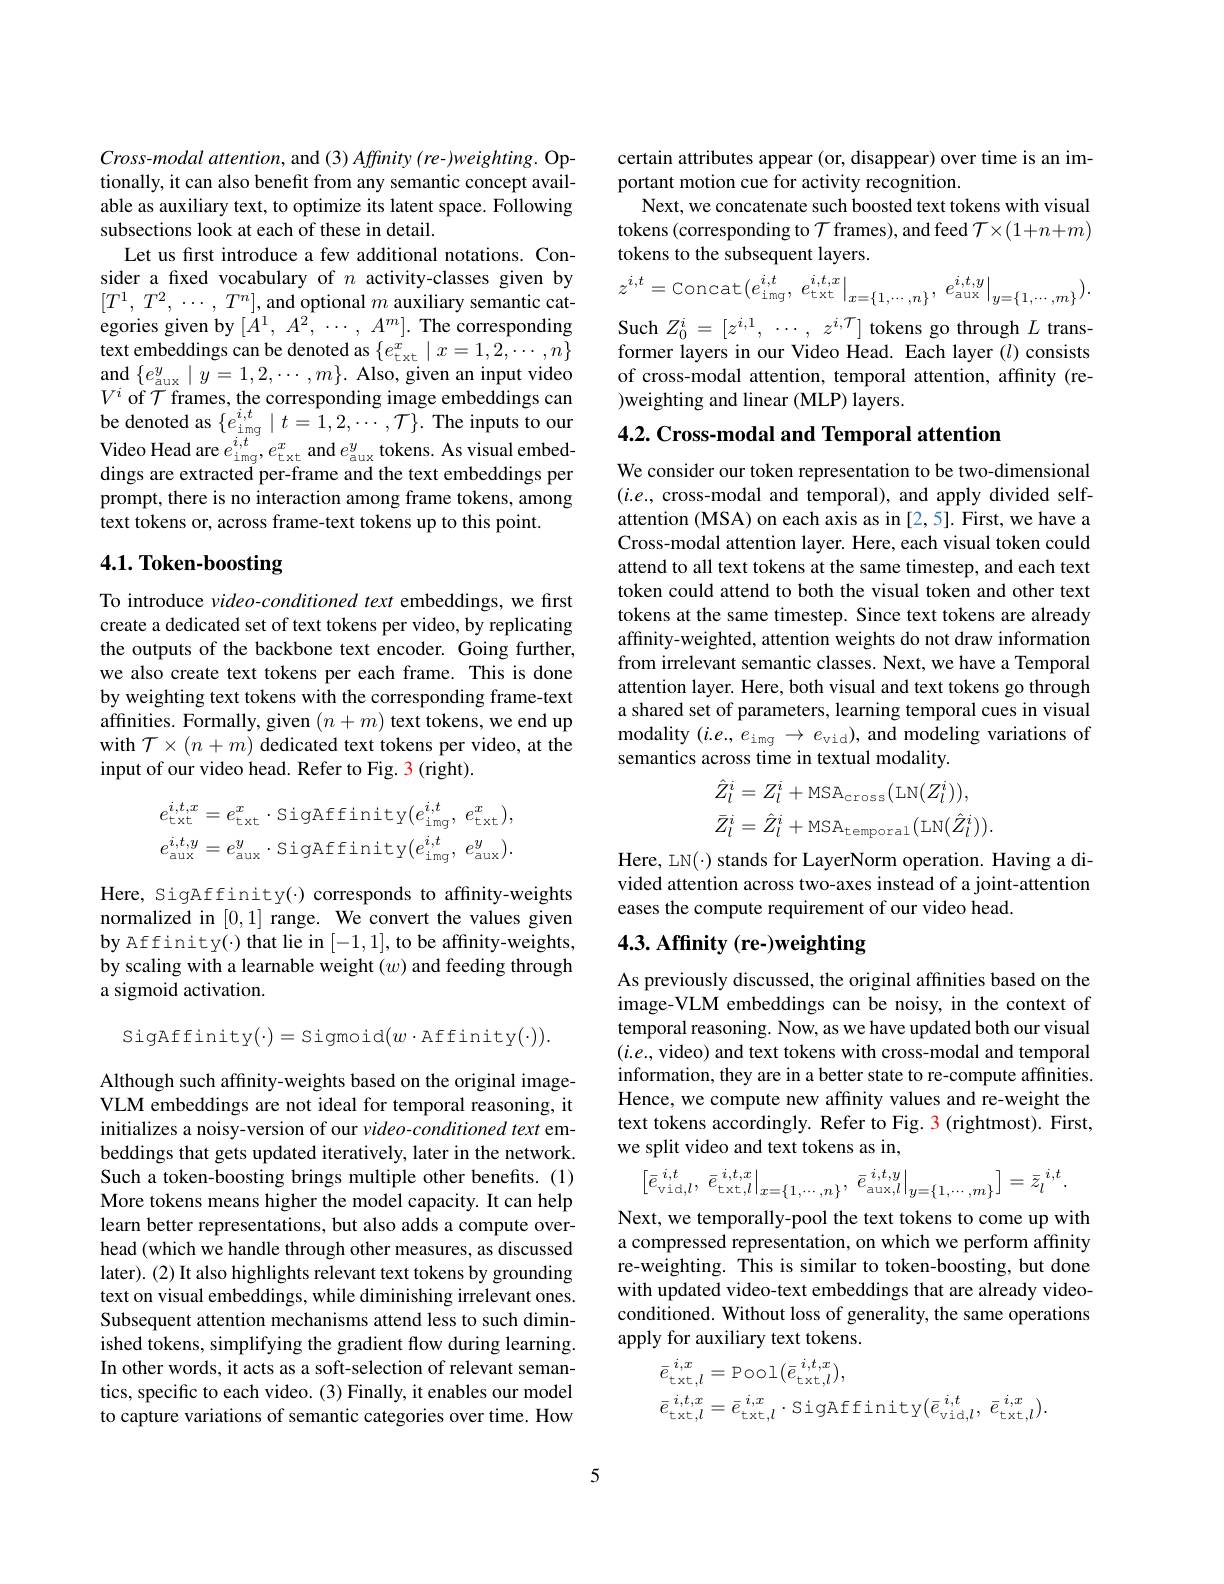
$Cross-modal$ attention, and (3) Affinity (re-)weighting. Optionally, it can also benefit from any semantic concept available as auxiliary text, to optimize its latent space. Following subsections look at each of these in detail.
Let us frst introduce a few additional notations. Consider a fxed vocabulary of $n$ activity-classes given by $[ T^1$, $T^2$, $\cdots$ , $T^n] $, and optional $m$ auxiliary semantic categories given by $[ \bar{A} ^1$, $A^2$, $\cdots $, $A^m] .$ The corresponding text embeddings can be denoted as $\{e_{\mathrm{txt}}^{x}\mid x=1,2,\cdots,n\}$ and $\{e_{\mathrm{aux}}^y\mid y=1,2,\cdots,m\}.$ Also, given an input video $V^i$ of $\mathcal{T}$ frames, the corresponding image embeddings can be denoted as $\{ e_{i\mathrm{mg}}^{i, t}\mid t= 1, 2, \cdots , \mathcal{T} \} .$ The inputs to our Video Head are $e_\mathrm{img}^{i,t},e_\mathrm{txt}^x$ and $e_\mathrm{aux}^y$ tokens. As visual embeddings are extracted per-frame and the text embeddings per prompt, there is no interaction among frame tokens, among text tokens or, across frame-text tokens up to this point.

# 4.1. Token-boosting

To introduce $video-conditioned$ text embeddings, we first create a dedicated set of text tokens per video, by replicating the outputs of the backbone text encoder. Going further, we also create text tokens per each frame. This is done by weighting text tokens with the corresponding frame-text affinities. Formally, given $(n+m)$ text tokens, we end up with $\mathcal{T}\times(n+m)$ dedicated text tokens per video, at the input of our video head. Refer to Fig. 3 (right).
$$e_{\mathrm{txt}}^{i,t,x}=e_{\mathrm{txt}}^{x}\cdot\mathrm{SigAffinity}(e_{\mathrm{img}}^{i,t},\:e_{\mathrm{txt}}^{x}),\\e_{\mathrm{aux}}^{i,t,y}=e_{\mathrm{aux}}^{y}\cdot\mathrm{SigAffinity}(e_{\mathrm{img}}^{i,t},\:e_{\mathrm{aux}}^{y}).$$
Here, SigAffinity(-) corresponds to affinity-weights normalized in [0,1] range. We convert the values given by Affinity(·) that lie in [-1,1], to be affinity-weights, by scaling with a learnable weight $(w)$ and feeding through a sigmoid activation.
$$\mathrm{SigAffinity}(\cdot)=\mathrm{Sigmoid}(w\cdot\mathrm{Affinity}(\cdot)).$$
Although such affinity-weights based on the original imageVLM embeddings are not ideal for temporal reasoning, it initializes a noisy-version of our $video-conditioned$ text embeddings that gets updated iteratively, later in the network. Such a token-boosting brings multiple other benefits. (1) More tokens means higher the model capacity. It can help learn better representations, but also adds a compute overhead (which we handle through other measures, as discussed later). (2) It also highlights relevant text tokens by grounding text on visual embeddings, while diminishing irrelevant ones. Subsequent attention mechanisms attend less to such diminished tokens, simplifying the gradient flow during learning. In other words, it acts as a soft-selection of relevant semantics, specific to each video. (3) Finally, it enables our model to capture variations of semantic categories over time. How

certain attributes appear (or, disappear) over time is an im-
portant motion cue for activity recognition.
Next, we concatenate such boosted text tokens with visual tokens (corresponding to $\mathcal{T}$ frames), and feed $\mathcal{T}\times(1+n+m)$ tokens to the subsequent layers.
$$z^{i,t}=\text{Concat}(e_{\text{img}}^{i,t},\left.e_{\text{txt}}^{i,t,x}\right|_{x=\{1,\cdots,n\}},\left.e_{\text{aux}}^{i,t,y}\right|_{y=\{1,\cdots,m\}}).$$
Such $Z_0^i=[z^{i,1},\cdots,z^{i,\mathcal{T}}]$ tokens go through $L$ transformer layers in our Video Head. Each layer $(l)$ consists of cross-modal attention, temporal attention, affinity (re- )weighting and linear (MLP) layers.

## 4.2. Cross-modal and Temporal attention

We consider our token representation to be two-dimensional $(i.e.$, cross-modal and temporal), and apply divided selfattention (MSA) on each axis as in [2,5]. First, we have a Cross-modal attention layer. Here, each visual token could attend to all text tokens at the same timestep, and each text token could attend to both the visual token and other text tokens at the same timestep. Since text tokens are already affinity-weighted, attention weights do not draw information from irrelevant semantic classes. Next, we have a Temporal attention layer. Here, both visual and text tokens go through a shared set of parameters, learning temporal cues in visual modality $(i.e.,e_{\mathrm{img}}\to e_{\mathrm{vid}})$, and modeling variations of semantics across time in textual modality.
$$\begin{aligned}&\hat{Z}_{l}^{i}=Z_{l}^{i}+\mathrm{MSA}_{\mathrm{cross}}(\mathrm{LN}(Z_{l}^{i})),\\&\bar{Z}_{l}^{i}=\hat{Z}_{l}^{i}+\mathrm{MSA}_{\mathrm{temporal}}(\mathrm{LN}(\hat{Z}_{l}^{i})).\end{aligned}$$
Here, LN(·) stands for LayerNorm operation. Having a divided attention across two-axes instead of a joint-attention eases the compute requirement of our video head.

# 4.3. Affinity (re-)weighting

As previously discussed, the original affinities based on the image-VLM embeddings can be noisy, in the context of temporal reasoning. Now, as we have updated both our visual $(i.e.$,video) and text tokens with cross-modal and temporal information, they are in a better state to re-compute affinities. Hence, we compute new affinity values and re-weight the text tokens accordingly. Refer to Fig. 3 (rightmost). First, we split video and text tokens as in,
$$\begin{bmatrix}\bar{e}_{\text{vid},l}^{\:i,t},\:\bar{e}_{\text{txt},l}^{\:i,t,x}\Big|_{x=\{1,\cdots,n\}},\:\bar{e}_{\text{aux},l}^{\:i,t,y}\Big|_{y=\{1,\cdots,m\}}\end{bmatrix}=\bar{z}_{l}^{\:i,t}.$$
Next, we temporally-pool the text tokens to come up with a compressed representation, on which we perform affinity re-weighting. This is similar to token-boosting, but done with updated video-text embeddings that are already videoconditioned. Without loss of generality, the same operations apply for auxiliary text tokens.
$$\begin{aligned}&\bar{e}_{\mathrm{txt},l}^{i,x}=\mathrm{Pool}(\bar{e}_{\mathrm{txt},l}^{i,t,x}),\\&\bar{e}_{\mathrm{txt},l}^{i,t,x}=\bar{e}_{\mathrm{txt},l}^{i,x}\cdot\mathrm{SigAffinity}(\bar{e}_{\mathrm{vid},l}^{i,t},\:\bar{e}_{\mathrm{txt},l}^{i,x}).\end{aligned}$$
5